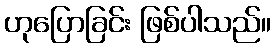
ဟုပြောခြင်း ဖြစ်ပါသည်။